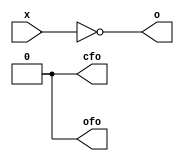
module zet_bitlog (
    input  [15:0] x,
    output [15:0] o,
    output        cfo,
    output        ofo
  );

  // Assignments
  assign o = ~x;  // Now we only do NEG

  assign cfo = 1'b0;
  assign ofo = 1'b0;

endmodule